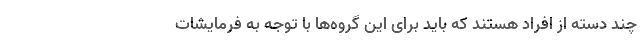
چند دسته از افراد هستند که باید برای این گروه‌ها با توجه به فرمایشات